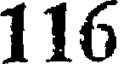
116